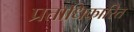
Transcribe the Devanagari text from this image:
प्रताधिकारित